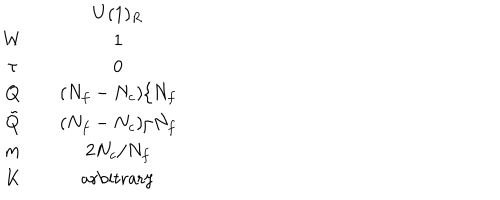
LaTeX: \begin{array} { c c c } { { } } & { { } } & { { U ( 1 ) _ { R } } } \\ { { W } } & { { } } & { { 1 } } \\ { { \tau } } & { { } } & { { 0 } } \\ { { Q } } & { { } } & { { ( N _ { f } - N _ { c } ) / N _ { f } } } \\ { { \tilde { Q } } } & { { } } & { { ( N _ { f } - N _ { c } ) / N _ { f } } } \\ { { m } } & { { } } & { { 2 N _ { c } / N _ { f } } } \\ { { K } } & { { } } & { { \mathrm { a r b i t r a r y } } } \\ \end{array}